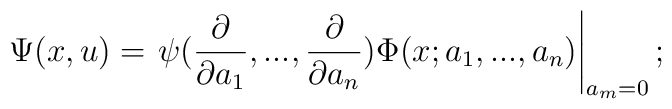
\Psi(x,u) = \left.\psi(\frac{\partial}{\partial a_1},...,\frac{\partial}{\partial a_n})\Phi(x;a_1,...,a_n) \right|_{a_m = 0} ;